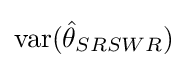
{\text{var}}({\hat {\theta }}_{SRSWR})